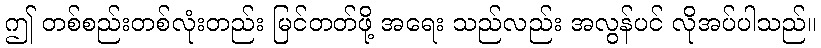
ဤ တစ်စည်းတစ်လုံးတည်း မြင်တတ်ဖို့ အရေး သည်လည်း အလွန်ပင် လိုအပ်ပါသည်။